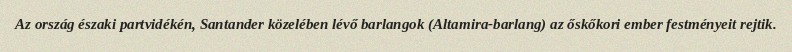
Az ország északi partvidékén, Santander közelében lévő barlangok (Altamira-barlang) az őskőkori ember festményeit rejtik.